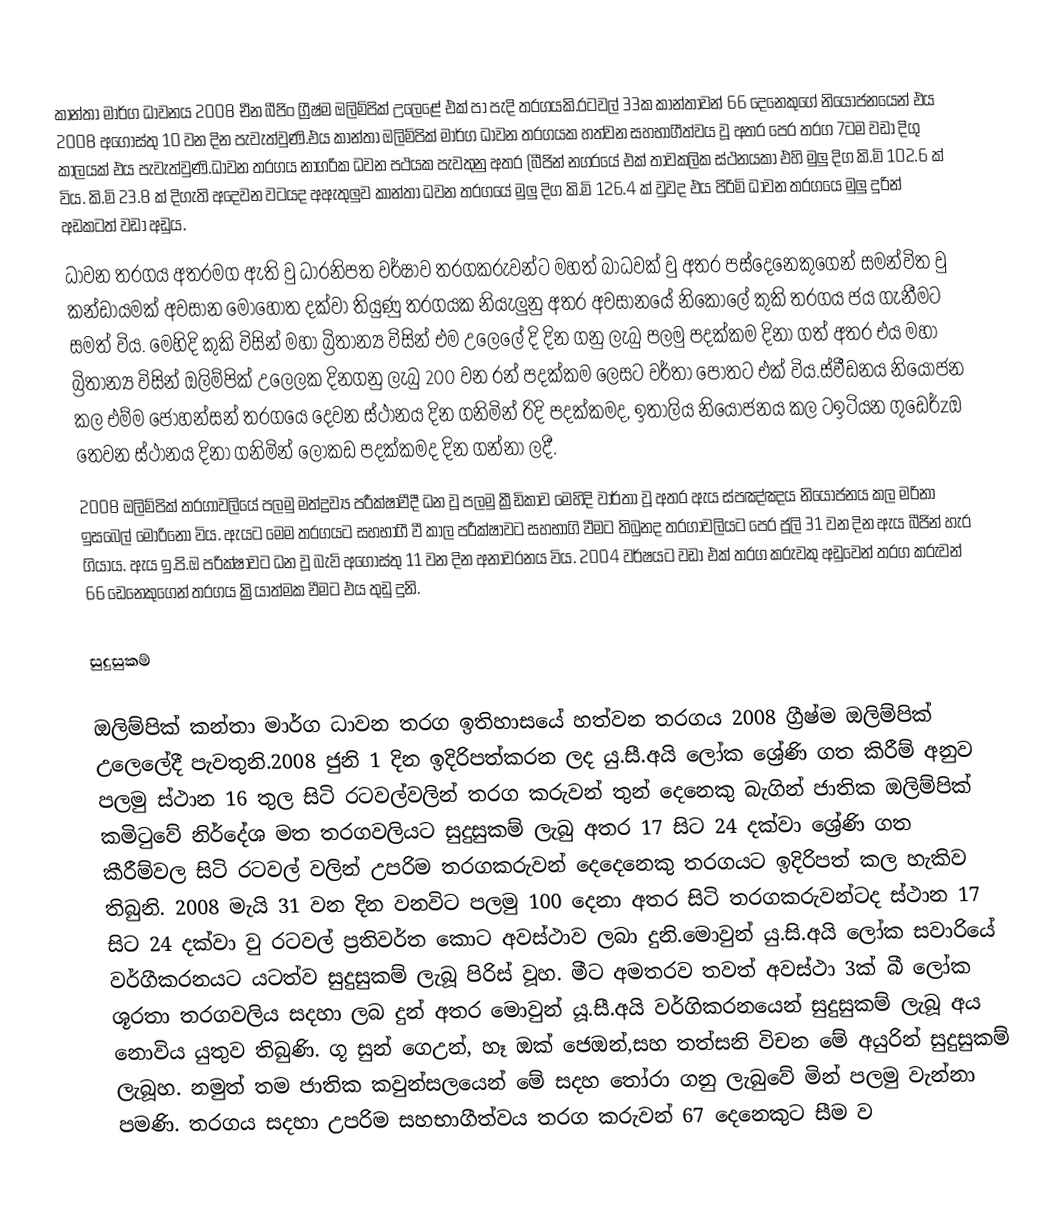
කාන්තා මාර්ග ධාවනය 2008 චීන බීජිං ග්‍රීෂ්ම ඔලිම්පික් උලෙළේ එක් පා පැදි තරගයකි.රටවල් 33ක කාන්තාවන් 66 දෙනෙකුගේ නියෝජනයෙන් එය 2008 අගෝස්තු 10 වන දින පැවැත්වුණි.එය කාන්තා ඔලිම්පික් මාර්ග ධාවන තරගයක හත්වන සහභාගීත්වය වූ අතර පෙර තරග 7ටම වඩා දිගු කාලයක් එය පැවැත්වුණි.ධාවන තරගය නාගරික ධවන පථයක පැවතුනු අතර (බීජින් නගරයේ එක් තාවකලික ස්ථනයකා එහි මුලු දිග කි.මි 102.6 ක් විය. කි.මි 23.8 ක් දිගැති අදෙවන වටයද අඇතුලුව කාන්තා ධවන තරගයේ   මුලු දිග කි.මි 126.4 ක් වුවද එය පිරිමි ධාවන තරගයෙ මුලු දුරින් අඩකටත් වඩා අඩුය.
ධාවන තරගය අතරමග ඇති වු ධාරනිපත වර්ෂාව තරගකරුවන්ට මහත් බාධවක් වු අතර පස්දෙනෙකුගෙන් සමන්විත වු කන්ඩායමක් අවසාන මොහොත දක්වා තියුණු තරගයක නියැලුනු අතර අවසානයේ  නිකොලේ කුකි තරගය ජය ගැනීමට සමත් විය. මෙහිදි කුකි විසින් මහා බ්‍රිතාන්‍ය විසින් එම උලෙලේ දි දින ගනු ලැබු පලමු පදක්කම දිනා ගත් අතර එය මහා බ්‍රිතාන්‍ය විසින් ඔලිම්පික් උලෙලක දිනගනු ලැබු 200 වන රන් පදක්කම ලෙසට වර්තා පොතට එක් විය.ස්වීඩනය නියෝජන කල එම්ම ජොහන්සන් තරගයෙ දෙවන ස්ථානය දින ගනිමින් රිදි පදක්කමද, ඉතාලිය නියෝජනය කල ටඉටියන ගුඩෙර්zඔ තෙවන ස්ථානය දිනා ගනිමින් ලෝකඩ පදක්කමද දින ගන්නා ලදී.
2008 ඔලිම්පික් තරගාවලියේ පලමු මත්ද්‍රව්‍ය පරීක්ෂාවීදී ධන වූ පලමු ක්‍රීඩිකාව මෙහිදි වාර්තා වූ අතර ඇය ස්පඤ්ඤය නියෝජනය කල මරිනා ඉසබෙල් මොරිනො විය. ඇයට මෙම තරගයට සහභාගී වී කාල පරීක්ෂාවට සහභාගි වීමට තිබුනද තරගාවලියට පෙර ජූලි 31 වන දින ඇය බීජින් හැර ගියාය. ඇය  ඉ.පි.ඔ පරික්ෂාවට ධන වූ බැව් අගෝස්තු 11 වන දින අනාවරනය විය. 2004 වර්ෂයට වඩා එක් තරග කරුවකු අඩුවෙන් තරග කරුවන් 66 ඩෙනෙකුගෙන් තරගය ක්‍රියාත්මක වීමට එය තුඩු දුනි.

 සුදුසුකම්

ඔලිම්පික් කන්තා මාර්ග ධාවන තරග ඉතිහාසයේ හත්වන තරගය 2008 ග්‍රීෂ්ම ඔලිම්පික් උලෙලේදී පැවතුනි.2008 ජුනි 1 දින ඉදිරිපත්කරන ලද යු.සී.අයි ලෝක ශ්‍රේණි ගත කිරීම් අනුව පලමු ස්ථාන 16 තුල සිටි රටවල්වලින් තරග කරුවන් තුන් දෙනෙකු බැගින් ජාතික ඔලිම්පික් කමිටුවේ නිර්දේශ මත තරගවලියට සුදුසුකම් ලැබු අතර 17 සිට 24 දක්වා ශ්‍රේණි ගත කීරීම්වල සිටි රටවල් වලින් උපරිම තරගකරුවන් දෙදෙනෙකු තරගයට ඉදිරිපත් කල හැකිව තිබුනි. 2008 මැයි 31 වන දින වනවිට පලමු 100 දෙනා අතර සිටි තරගකරුවන්ටද ස්ථාන 17 සිට 24 දක්වා වු රටවල් ප්‍රතිවර්ත කොට අවස්ථාව ලබා දුනි.මොවුන් යු.සි.අයි ලෝක සවාරියේ වර්ගීකරනයට යටත්ව සුදුසුකම් ලැබූ පිරිස් වූහ. මීට අමතරව තවත් අවස්ථා 3ක් බී ලෝක ශූරතා තරගවලිය සදහා ලබ දුන් අතර මොවුන් යූ.සී.අයි වර්ගිකරනයෙන් සුදුසුකම් ලැබූ අය නොවිය යුතුව තිබුණි. ගූ සුන් ගෙඋන්, හෑ ඔක් ජෙඔන්,සහ තත්සනි විචන මේ අයුරින් සුදුසුකම් ලැබූහ. නමුත් තම ජාතික කවුන්සලයෙන් මේ සදහ තෝරා ගනු ලැබුවේ මින් පලමු වැන්නා පමණි. තරගය සදහා උපරිම සහභාගීත්වය තරග කරුවන් 67 දෙනෙකුට සීම ව